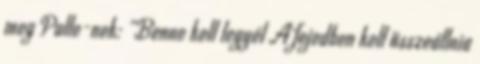
meg Palle-nek: "Benne kell legyél A fejedben kell összeállnia